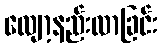
လျော့နည်းလာခြင်း